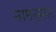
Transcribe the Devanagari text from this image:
नामनुसार